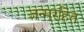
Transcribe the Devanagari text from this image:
जन्मरहित